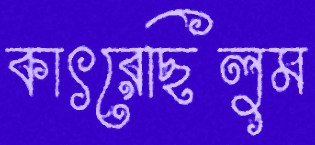
কাৎরেছিলুম